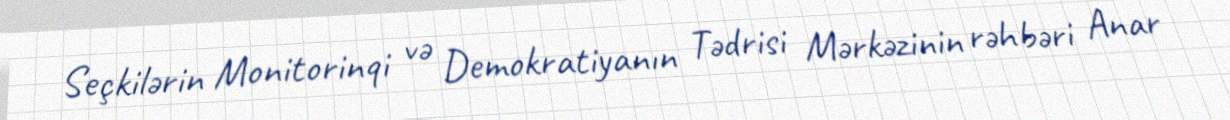
Seçkilərin Monitorinqi və Demokratiyanın Tədrisi Mərkəzinin rəhbəri Anar